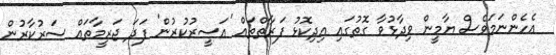
އެހެންނަމަވެސް ޔާމީން ވިދާޅުވާ ގޮތުގައި އިދިކޮޅު ފަރާތްތައް 'އަސީރުކުރުން' ފަދަ ޖަރީމާތައް ސަރުކާރުން